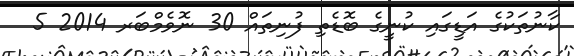
ކާނުތަކުގެ އަޑީގައި ކުނީގެ ބޮޑެތި ފުނިތައް 30 ނޮވެމްބަރ 2014 5